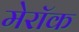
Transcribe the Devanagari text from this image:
मेरॉक